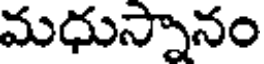
మధుస్నానం